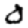
Digit: 0